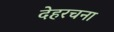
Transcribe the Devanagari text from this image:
देहरचना